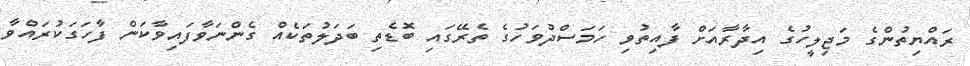
ރައްޔިތުންގެ މަޖިލީހުގެ އިދާރާއަށް ފާއިތުވި ހަމަސްދުވަހުގެ ތެރޭގައި ބޮޑެތި ބަދަލުތަކެއް ގެންނަވާފައިވާކަން ފާހަގަކުރައްވާ